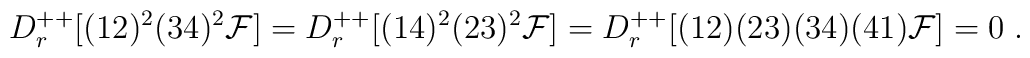
D^{++}_r [(12)^2(34)^2{\cal F}] = D^{++}_r [(14)^2(23)^2{\cal F}] =  D^{++}_r [(12)(23)(34)(41){\cal F}] = 0\;.